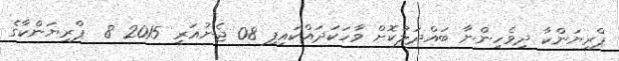
ޕްރިޔަންކާ ދިވެހިންނާ ބައްދަލުކޮށް ވާހަކަދައްކައިފި 08 ޖެނުއަރީ 2015 8  ޕްރިޔަންކާގެ